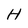
Character: H